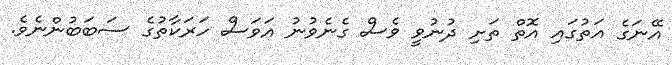
އޭނަގެ އަތުގައި އޮތް ތަށި ދުނުވީ ވެސް ގެނެވުނު އަވަސް ހަރަކާތުގެ ސަބަބުންނެވެ.